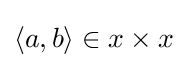
\langle a,b\rangle \in x\times x